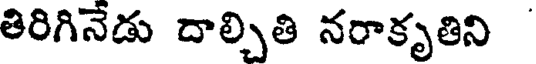
తిరిగినేడు దాల్చితి నరాకృతిని